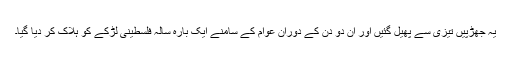
یہ جھڑپیں تیزی سے پھیل گئیں اور ان دو دن کے دوران عوام کے سامنے ایک بارہ سالہ فلسطینی لڑکے کو ہلاک کر دیا گیا۔